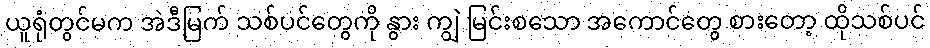
ယူရုံတွင်မက အဲဒီမြက် သစ်ပင်တွေကို နွား ကျွဲ မြင်းစသော အကောင်တွေ စားတော့ ထိုသစ်ပင်